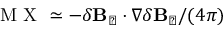
\mathrm { ~ M ~ X ~ } \simeq - \delta \mathbf { B } _ { \perp } \cdot \nabla \delta \mathbf { B } _ { \perp } / ( 4 \pi )